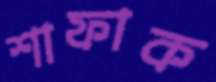
শাফাক